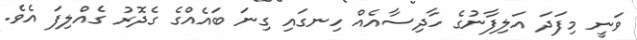
ވަނީ މިފަދަ އަލިފާނުގެ ހާދިސާއެއް ހިނގައި ގިނަ ބައެއްގެ ގެދޮރު ގެއްލިފަ އެވެ.